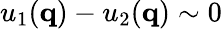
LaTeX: u_{1}(\mathbf{q})-u_{2}(\mathbf{q})\sim 0